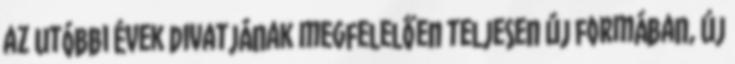
az utóbbi évek divatjának megfelelően teljesen új formában, új